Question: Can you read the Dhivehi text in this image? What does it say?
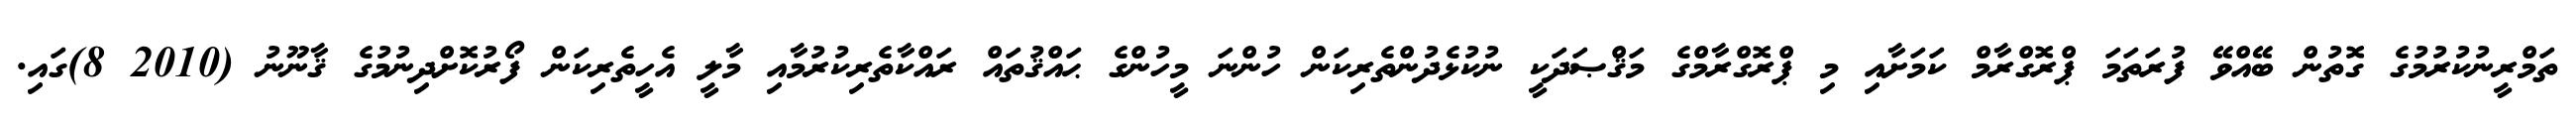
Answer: ތަމްރީނުކުރުމުގެ ގޮތުން ބޭއްވޭ ފުރަތަމަ ޕްރޮގްރާމް ކަމަށާއި މި ޕްރޮގްރާމްގެ މަޤްޞަދަކީ ނުކުޅެދުންތެރިކަން ހުންނަ މީހުންގެ ޙައްޤުތައް ރައްކާތެރިކުރުމާއި މާލީ އެހީތެރިކަން ފޯރުކޮށްދިނުމުގެ ޤާނޫނު (2010 8)ގައި.